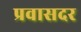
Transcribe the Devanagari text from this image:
प्रवासदर